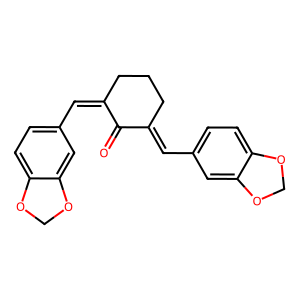
SMILES: O=C1C(=Cc2ccc3c(c2)OCO3)CCCC1=Cc1ccc2c(c1)OCO2
Inhibits HIV replication: No